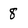
Character: 8